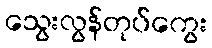
သွေးလွန်တုပ်ကွေး